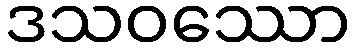
ဒသဝဿော